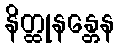
နိတ္ထုနန္တေန